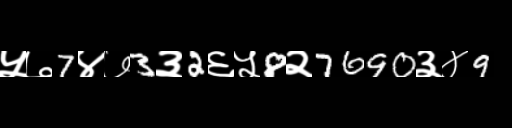
Text: ५७7४७3३2६५8२7690३४9